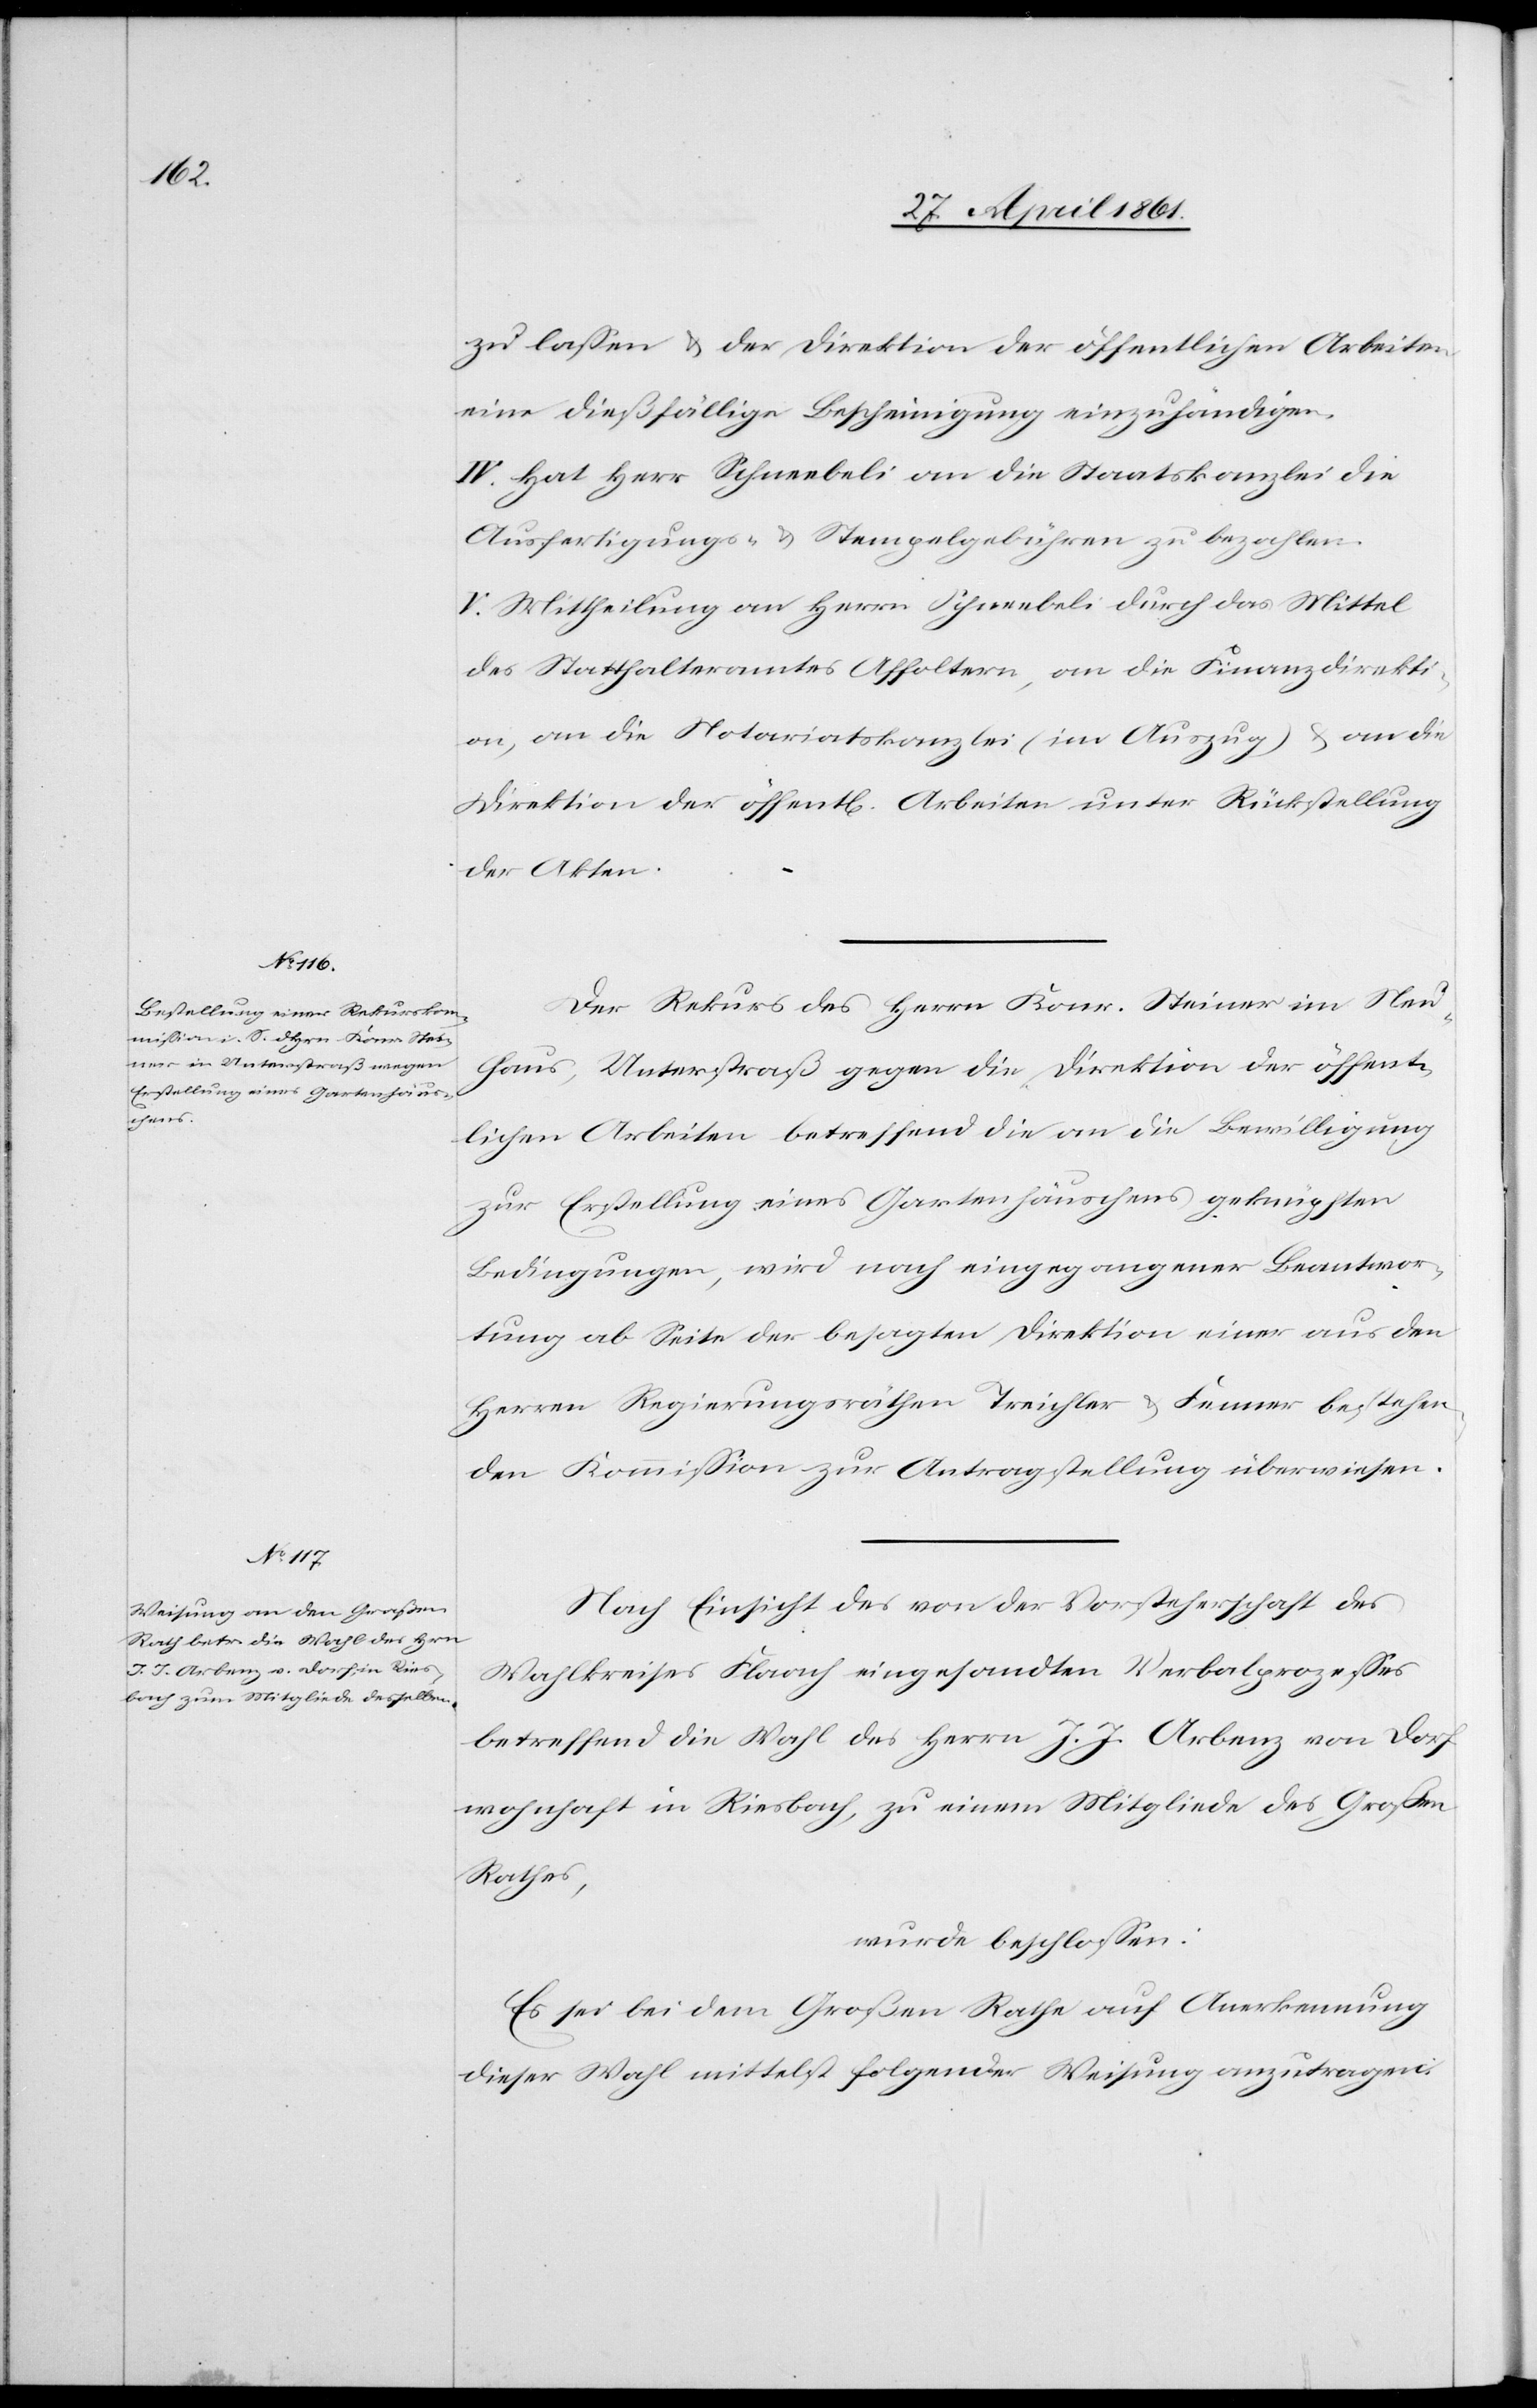
zu lassen u. der Direktion der öffentlichen Arbeiten
eine dießfällige Bescheinigung einzuhändigen.
IV. Hat Herr Schneebeli an die Staatskanzlei die
Ausfertigungs- u. Stempelgebühren zu bezahlen.
V. Mittheilung an Herrn Schneebeli durch das Mittel
des Statthalteramtes Affoltern, an die Finanzdirekti¬
on, an die Notariatskanzlei (im Auszug) u. an die
Direktion der öffent[lichen] Arbeiten unter Rückstellung
der Akten.
Der Rekurs des Herrn Konr. Steiner im Neu¬
haus, Unterstraß gegen die Direktion der öffent¬
lichen Arbeiten betreffend an die Bewilligung
zur Erstellung eines Gartenhäuschens geknüpften
Bedingungen, wird nach eingegangener Beantwor¬
tung ab Seite der besagten Direktion einer aus den
Herren Regierungsräthen Treichler u. Fenner bestehen¬
den Kommission zur Antragstellung überwiesen.
Nach Einsicht des von der Vorsteherschaft des
Wahlkreises Flaach eingesandten Verbalprozesses
betreffend die Wahl des Herrn J. J. Arbenz von Dorf
wohnhaft in Riesbach, zu einem Mitgliede des Großen
Rathes,
wurde beschlossen:
Es sei bei dem Großen Rathe auf Anerkennung
dieser Wahl mittelst folgender Weisung anzutragen: